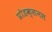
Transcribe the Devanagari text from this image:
प्रोडक्सनस